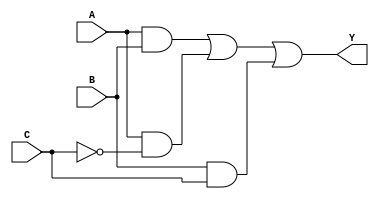
module combinational_logic (
    input wire A,  // Input A
    input wire B,  // Input B
    input wire C,  // Input C
    output wire Y  // Output Y
);

    // Intermediate signals for the product terms
    wire AB;         // A AND B
    wire A_not_C;    // A AND NOT C
    wire B_C;        // B AND C
    wire not_C;      // NOT C

    // Logic implementation
    assign not_C = ~C;            // NOT C
    assign AB = A & B;            // A AND B
    assign A_not_C = A & not_C;   // A AND NOT C
    assign B_C = B & C;           // B AND C

    // Sum of Products
    assign Y = AB | A_not_C | B_C; // Y = AB + A_not_C + BC

endmodule